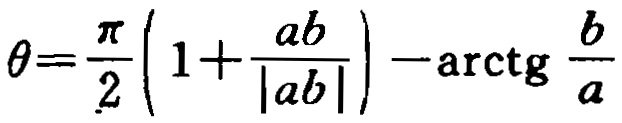
\(\theta=\frac{\pi}{2}\left(1+\frac{ab}{|ab|}\right)-\mathrm{arctg}\frac{b}{a}\)